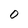
Character: 0